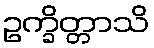
ဥက္ခိတ္တာသိ